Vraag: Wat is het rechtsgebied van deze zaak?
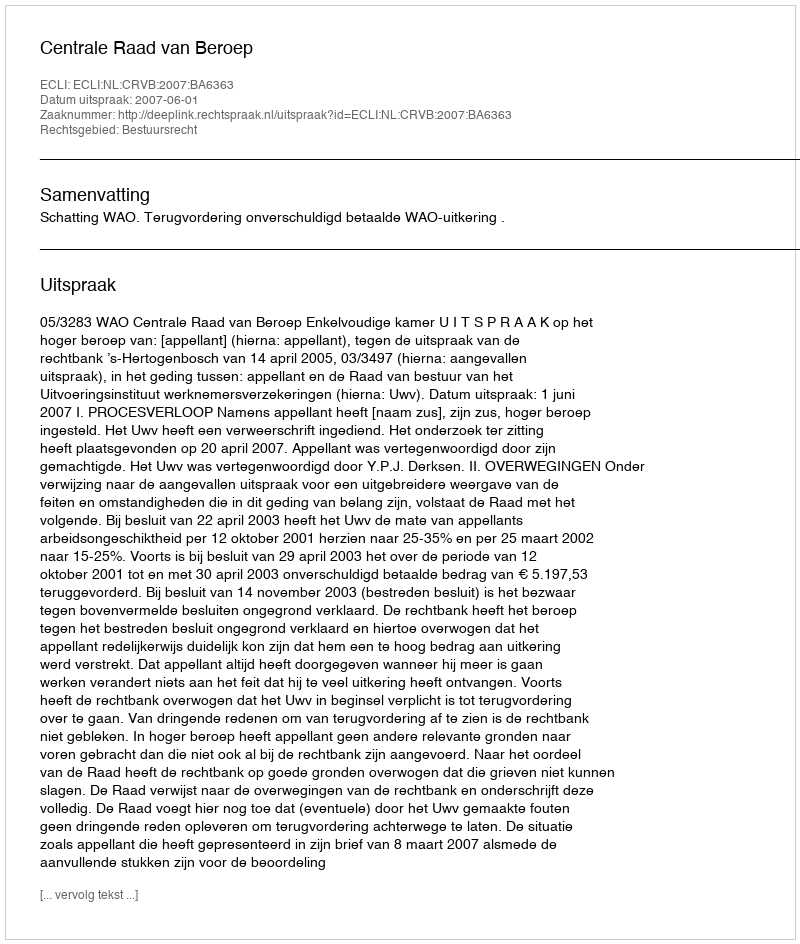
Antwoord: Bestuursrecht